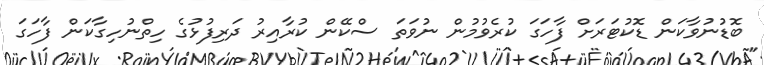
ބޮޑުނުވާކަން ޑޮކުޓަރަށް ފާހަގަ ކުރެވުމުން ނުވަތަ ސްކޭން ކުރާއިރު ދަރިފުޅުގެ ހިތްނުހިގާކަން ފާހަގަ